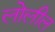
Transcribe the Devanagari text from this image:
लोलील